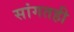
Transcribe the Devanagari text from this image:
सांगतही